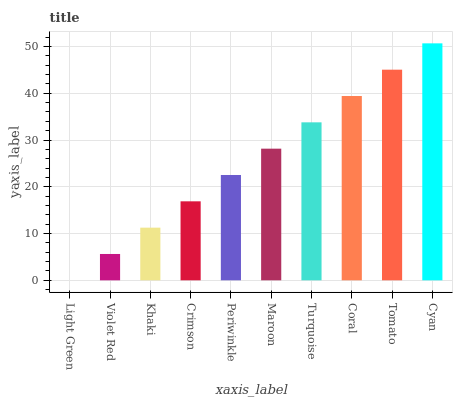
| xaxis_label | bars |
 | --- | --- |
 | Light Green | 0 |
 | Violet Red | 5.63 |
 | Khaki | 11.3 |
 | Crimson | 16.9 |
 | Periwinkle | 22.5 |
 | Maroon | 28.1 |
 | Turquoise | 33.8 |
 | Coral | 39.4 |
 | Tomato | 45 |
 | Cyan | 50.7 |